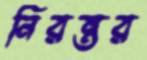
নিরন্তর